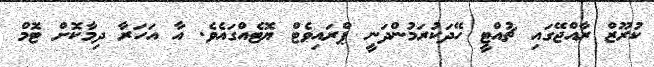
ކުރޫޒް ރާއްޖޭގައި ޗުއްޓީ ހޭދަކުރަމުންދަނީ ޕްރައިވެޓް ޔޮޓެއްގައެވެ. އާ އަހަރާ ދިމާކޮށް ޓޮމް